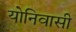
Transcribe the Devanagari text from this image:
योनिवासी